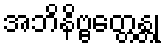
အဘိနိဗ္ဗတ္တေန္တု